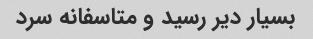
بسیار دیر رسید و متاسفانه سرد